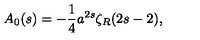
A _ { 0 } ( s ) = - { \frac { 1 } { 4 } } a ^ { 2 s } \zeta _ { R } ( 2 s - 2 ) ,